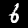
Label: 6